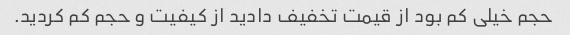
حجم خیلی کم بود از قیمت تخفیف دادید از کیفیت و حجم کم کردید.